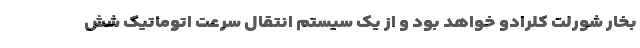
بخار شورلت کلرادو خواهد بود و از یک سیستم انتقال سرعت اتوماتیک شش